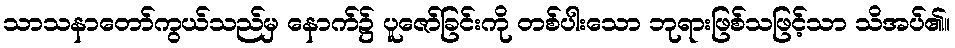
သာသနာတော်ကွယ်သည်မှ နောက်၌ ပူဇော်ခြင်းကို တစ်ပါးသော ဘုရားဖြစ်သဖြင့်သာ သိအပ်၏။